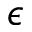
\epsilon